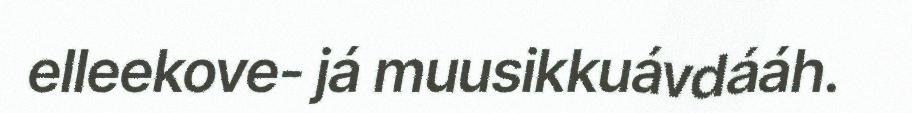
elleekove- já muusikkuávdááh.